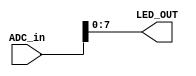
module LED_BOX_ADC
#(	
	parameter IN_WIDTH = 12,
	parameter LED_WIDTH = 8,
	parameter OFFSET = 0
)
(
	input wire [IN_WIDTH - 1:0] ADC_in,
	output wire [LED_WIDTH - 1:0] LED_OUT
);
	assign LED_OUT[LED_WIDTH - 1] = ADC_in[7+OFFSET];
	assign LED_OUT[LED_WIDTH - 2] = ADC_in[6+OFFSET];
	assign LED_OUT[LED_WIDTH - 3] = ADC_in[5+OFFSET];
	assign LED_OUT[LED_WIDTH - 4] = ADC_in[4+OFFSET];
	assign LED_OUT[LED_WIDTH - 5] = ADC_in[3+OFFSET];
	assign LED_OUT[LED_WIDTH - 6] = ADC_in[2+OFFSET];
	assign LED_OUT[LED_WIDTH - 7] = ADC_in[1+OFFSET];
	assign LED_OUT[LED_WIDTH - 8] = ADC_in[0+OFFSET];

endmodule